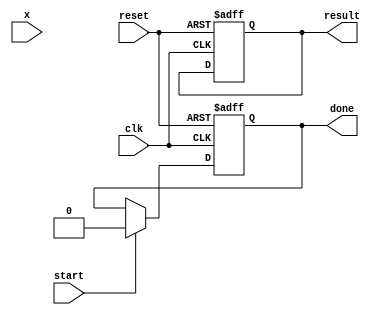
module cordic_exponential (
    input wire clk,
    input wire reset,
    input wire start,
    input wire [15:0] x, // Input exponent (fixed-point representation)
    output reg [31:0] result, // Output result (fixed-point representation)
    output reg done // Signal indicating completion
);

    parameter N = 16; // Number of iterations
    parameter K = 16'hB172; // Scaling factor (K = 1/sqrt(1 + 2^(-2*i))) for i = 0 to N-1

    reg [15:0] x_reg [0:N-1]; // x values for each iteration
    reg [15:0] y_reg [0:N-1]; // y values for each iteration
    reg [3:0] iteration; // Iteration counter
    reg [15:0] atan_table [0:N-1]; // Lookup table for atan(2^-i)

    // Initialize the arctangent lookup table
    initial begin
        atan_table[0] = 16'h0000; // atan(1)
        atan_table[1] = 16'h3C90; // atan(0.5)
        atan_table[2] = 16'h3E48; // atan(0.25)
        // Fill in the rest of the arctangent values...
        // atan_table[i] = atan(2^-i)
    end

    // CORDIC Engine
    always @(posedge clk or posedge reset) begin
        if (reset) begin
            iteration <= 0;
            result <= 0;
            done <= 0;
        end else if (start) begin
            // Initialize x and y for the first iteration
            x_reg[0] <= x * K; // Scale input x by K
            y_reg[0] <= 0; // Initial y is 0
            iteration <= 0;
            done <= 0;
        end else if (iteration < N) begin
            // CORDIC rotation calculations
            if (x_reg[iteration] < 0) begin
                x_reg[iteration + 1] <= x_reg[iteration] + (y_reg[iteration] >>> iteration);
                y_reg[iteration + 1] <= y_reg[iteration] - (x_reg[iteration] >>> iteration);
            end else begin
                x_reg[iteration + 1] <= x_reg[iteration] - (y_reg[iteration] >>> iteration);
                y_reg[iteration + 1] <= y_reg[iteration] + (x_reg[iteration] >>> iteration);
            end
            iteration <= iteration + 1;
        end else if (iteration == N) begin
            // Final result computation
            result <= x_reg[N] + y_reg[N]; // Combine x and y for the final result
            done <= 1; // Indicate completion
        end
    end
endmodule